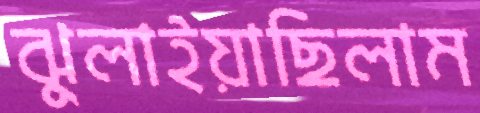
ঝুলাইয়াছিলাম